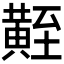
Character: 𪏀